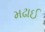
મઢાઈ